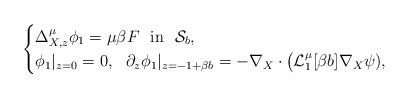
LaTeX: \begin{align*} \begin{cases} \Delta_{X,z}^{\mu}\phi_1 = \mu \beta F \ \ \mathrm{in} \ \ \mathcal{S}_b,\\ \phi_1|_{z=0} = 0, \ \ \partial_z \phi_1|_{z=-1 + \beta b} = - \nabla_X \cdot \big(\mathcal{L}_{1}^{\mu}[\beta b]\nabla_X\psi), \end{cases} \end{align*}